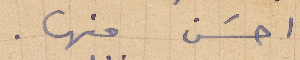
احسن منها.